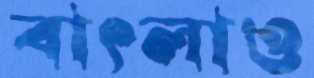
বাৎলাও